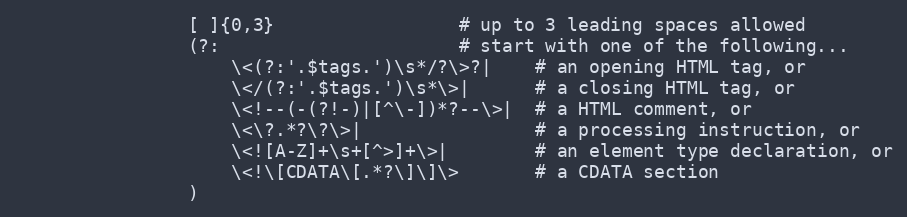
Language: PHP
                [ ]{0,3}                 # up to 3 leading spaces allowed
                (?:                      # start with one of the following...
                    \<(?:'.$tags.')\s*/?\>?|    # an opening HTML tag, or
                    \</(?:'.$tags.')\s*\>|      # a closing HTML tag, or
                    \<!--(-(?!-)|[^\-])*?--\>|  # a HTML comment, or
                    \<\?.*?\?\>|                # a processing instruction, or
                    \<![A-Z]+\s+[^>]+\>|        # an element type declaration, or
                    \<!\[CDATA\[.*?\]\]\>       # a CDATA section
                )